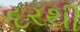
દરથી